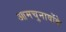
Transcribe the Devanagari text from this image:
आमचुनावोंके